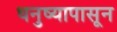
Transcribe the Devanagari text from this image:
धनुष्यापासून